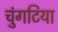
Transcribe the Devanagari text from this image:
चुंगटिया